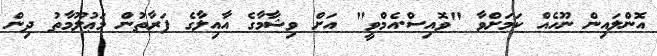
އޮންލައިން ނޫހެއް ކަމަށްވާ "ވޮއިސް.އެމްވީ" އަށް ވިޝާމާގެ އާއިލާގެ ފަރާތުން މަޢުލޫމާތު ދިން